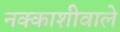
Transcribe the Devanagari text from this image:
नक्काशीवाले